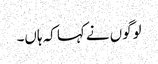
لوگوں نے کہا کہ ہاں۔